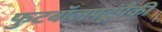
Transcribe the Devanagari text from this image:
फुटबॉलपटूंपैकी